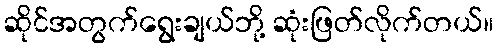
ဆိုင်အတွက်ရွေးချယ်ဘို့ ဆုံးဖြတ်လိုက်တယ်။